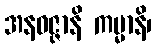
အနဝဇ္ဇာနိ ကမ္မာနိ၊